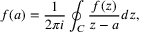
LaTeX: f ( a ) = { \frac { 1 } { 2 \pi i } } \oint _ { C } { \frac { f ( z ) } { z - a } } d z ,